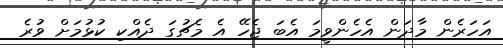
އަހަރެން މާދަން އެހެންވީމަ އެބަ ޖެހޭ އެ މެޗުގަ ދެއްކި ކުޅުމަށް ވުރެ